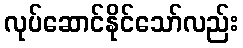
လုပ်ဆောင်နိုင်သော်လည်း